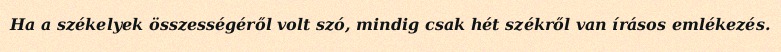
Ha a székelyek összességéről volt szó, mindig csak hét székről van írásos emlékezés.